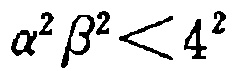
\(\alpha^{2} \beta^{2}<4^{2}\)